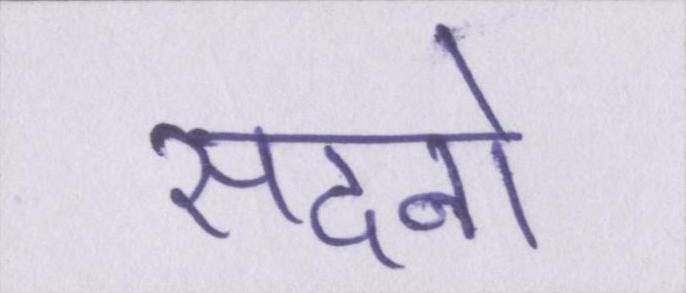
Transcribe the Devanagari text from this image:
सदनो